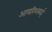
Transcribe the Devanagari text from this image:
आयरिशकाई